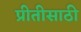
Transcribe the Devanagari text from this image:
प्रीतीसाठी